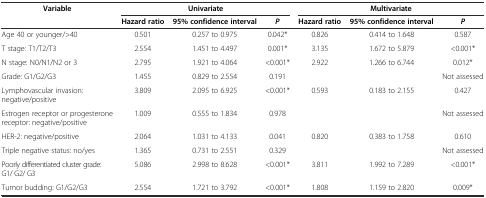
<table><thead><tr><td rowspan="2"><b>Variable</b></td><td colspan="3"><b>Univariate</b></td><td colspan="3"><b>Multivariate</b></td></tr><tr><td><b>Hazard ratio</b></td><td><b>95% confidence interval</b></td><td><b><i>P</i></b></td><td><b>Hazard ratio</b></td><td><b>95% confidence interval</b></td><td><b><i>P</i></b></td></tr></thead><tbody><tr><td>Age 40 or younger/&gt;40</td><td>0.501</td><td>0.257 to 0.975</td><td>0.042*</td><td>0.826</td><td>0.414 to 1.648</td><td>0.587</td></tr><tr><td>T stage: T1/T2/T3</td><td>2.554</td><td>1.451 to 4.497</td><td>0.001*</td><td>3.135</td><td>1.672 to 5.879</td><td>&lt;0.001*</td></tr><tr><td>N stage: N0/N1/N2 or 3</td><td>2.795</td><td>1.921 to 4.064</td><td>&lt;0.001*</td><td>2.922</td><td>1.266 to 6.744</td><td>0.012*</td></tr><tr><td>Grade: G1/G2/G3</td><td>1.455</td><td>0.829 to 2.554</td><td>0.191</td><td></td><td></td><td>Not assessed</td></tr><tr><td>Lymphovascular invasion: negative/positive</td><td>3.809</td><td>2.095 to 6.925</td><td>&lt;0.001*</td><td>0.593</td><td>0.183 to 2.155</td><td>0.427</td></tr><tr><td>Estrogen receptor or progesterone receptor: negative/positive</td><td>1.009</td><td>0.555 to 1.834</td><td>0.978</td><td></td><td></td><td>Not assessed</td></tr><tr><td>HER-2: negative/positive</td><td>2.064</td><td>1.031 to 4.133</td><td>0.041</td><td>0.820</td><td>0.383 to 1.758</td><td>0.610</td></tr><tr><td>Triple negative status: no/yes</td><td>1.365</td><td>0.731 to 2.551</td><td>0.329</td><td></td><td></td><td>Not assessed</td></tr><tr><td>Poorly differentiated cluster grade: G1/ G2/ G3</td><td>5.086</td><td>2.998 to 8.628</td><td>&lt;0.001*</td><td>3.811</td><td>1.992 to 7.289</td><td>&lt;0.001*</td></tr><tr><td>Tumor budding: G1/G2/G3</td><td>2.554</td><td>1.721 to 3.792</td><td>&lt;0.001*</td><td>1.808</td><td>1.159 to 2.820</td><td>0.009*</td></tr></tbody></table>